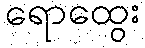
ရောထွေး